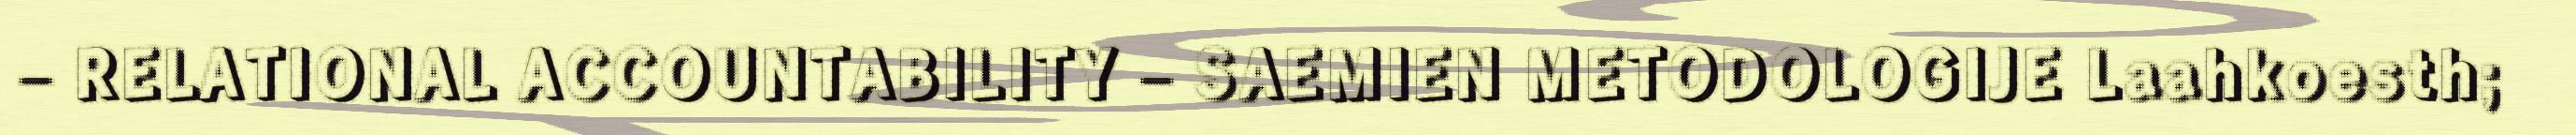
– RELATIONAL ACCOUNTABILITY – SAEMIEN METODOLOGIJE Laahkoesth;